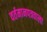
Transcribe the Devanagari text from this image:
वर्तमानपत्रवाला